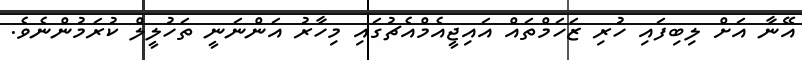
އޭނާ އަށް ލިބިފައި ހުރި ޒަހަމްތައް އައިޖީއެމްއެޗުގައި މިހާރު އަންނަނީ ތަހުލީލް ކުރަމުންނެވެ.